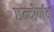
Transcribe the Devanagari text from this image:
छन्दोर्णव